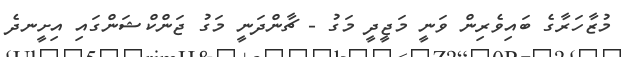
މުޒާހަރާގެ ބައިވެރިން ވަނީ މަޖީދީ މަގު - ޗާންދަނީ މަގު ޖަންކްޝަންގައި އިށީނދެ